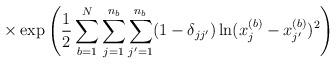
LaTeX: \begin{align*}\times \exp \left( \frac{1}{2}\sum_{b=1}^N \sum_{j=1}^{n_b}\sum_{j^\prime=1}^{n_{b}}(1-\delta_{j j^\prime})\ln (x^{(b)}_j - x^{(b)}_{j^\prime})^2 \right)\end{align*}